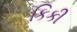
કિકી